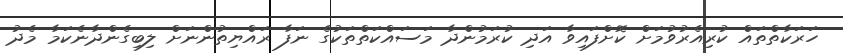
ހަރަކާތްތައް ކުރިއެރުވުމަށް ކޮށްފައިވާ އަދި ކުރަމުންދާ މަސައްކަތްތަކުގެ ނަފާ ރައްޔިތުންނަށް ލިބިގެންދާނެކަމާ މެދު